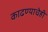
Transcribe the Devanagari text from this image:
काढण्याचेही